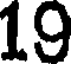
19